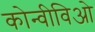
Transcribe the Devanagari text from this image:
कोन्वीविओ